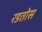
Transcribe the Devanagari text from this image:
रडतोस